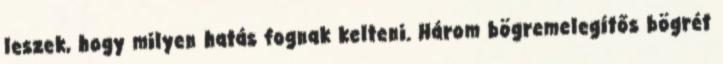
leszek, hogy milyen hatás fognak kelteni. Három bögremelegítős bögrét